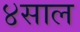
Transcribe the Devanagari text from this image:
४साल